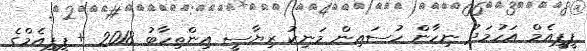
ޕީޕީއެމް އަހުމަދު ނިހާން ހުސައިން މަނިކު ރިޔާސީ އިންތިހާބު 2018 + ޕީޕީއެމްގެ